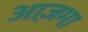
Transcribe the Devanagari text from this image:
आज़मा